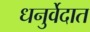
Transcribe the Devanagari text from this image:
धनुर्वेदात